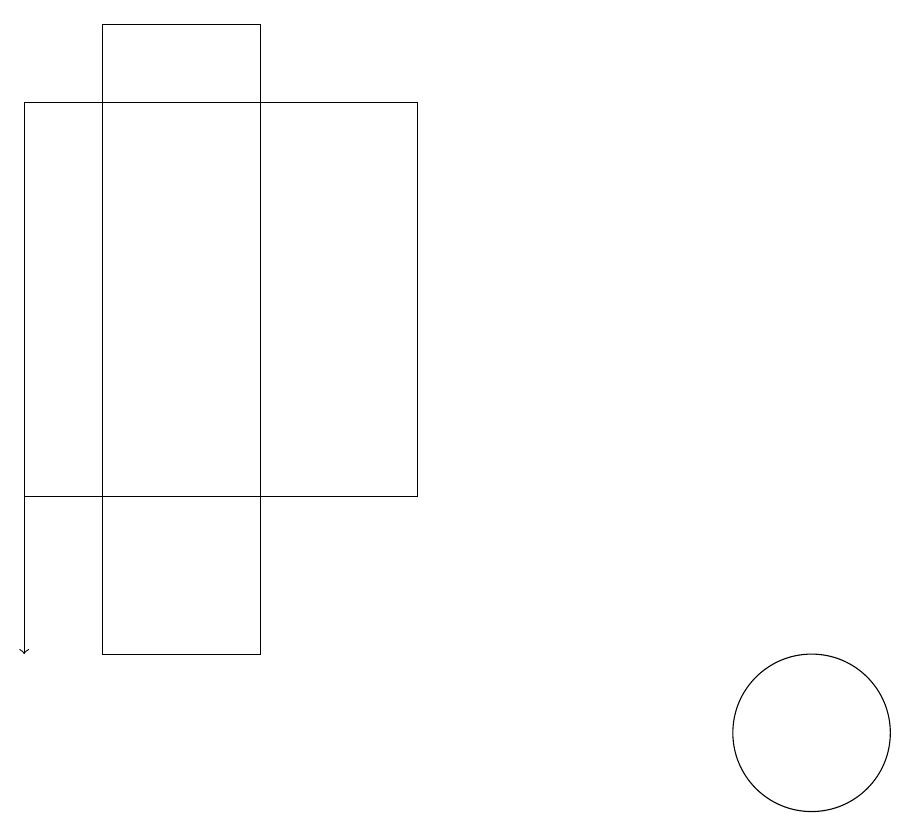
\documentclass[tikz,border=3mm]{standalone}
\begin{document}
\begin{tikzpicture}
\draw (3,11) rectangle (5,19);
\draw (12,10) circle (1);
\draw[->] (2,17) -- (2,11);
\draw (2,18) rectangle (7,13);
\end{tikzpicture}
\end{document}